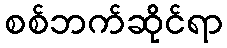
စစ်ဘက်ဆိုင်ရာ